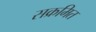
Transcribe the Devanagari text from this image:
सक्रमित